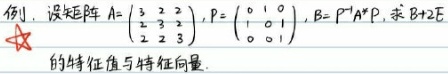
例. 设矩阵$A = \begin{pmatrix} 3&2&2 \\ 2&3&2 \\ 2&2&3 \end{pmatrix}$, $P = \begin{pmatrix} 0&1&0 \\ 1&0&1 \\ 0&0&1 \end{pmatrix}$, $B = P^{-1}A^{*}P$, 求$B + 2E$的特征值与特征向量.